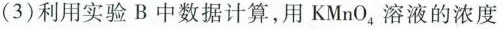
(3)利用实验B中数据计算，用KMnO_{4}溶液的浓度